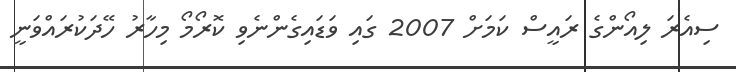
ސިއެރަ ލިއޯންގެ ރައީސް ކަމަށް 2007 ގައި ވަޑައިގެންނެވި ކޮރޯމޯ މިހާރު ހޭދަކުރައްވަނީ